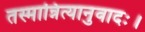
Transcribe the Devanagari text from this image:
तस्मान्नित्यानुवादः।